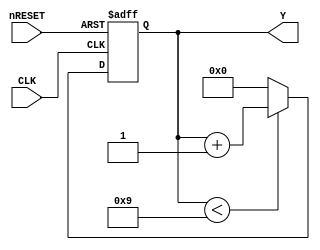
module BCDCounter_minseok (
	input		nRESET, CLK,
	output	reg [3:0] Y
	);

always @(negedge nRESET or posedge CLK)
begin
	if (~nRESET) begin
		Y[3:0] <= 4'd0;
	end
	else begin
		if (Y[3:0] < 4'd9) begin
			Y[3:0] <= Y[3:0] + 4'd1;
		end
		else begin
			Y[3:0] <= 4'd0;
		end
	end
end
endmodule